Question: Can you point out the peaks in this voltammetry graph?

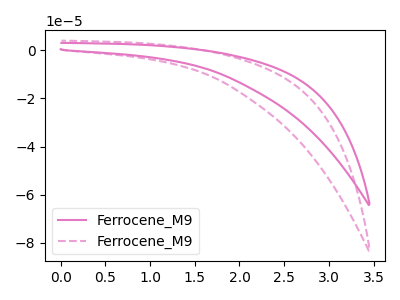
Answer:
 <answer>The pink curve "Ferrocene_M91" has no peaks. The pink dashed curve "Ferrocene_M92" has no peaks.</answer>
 <eval></eval>